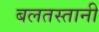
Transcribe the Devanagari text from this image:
बलतस्तानी